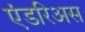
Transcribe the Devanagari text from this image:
एंडरिअस